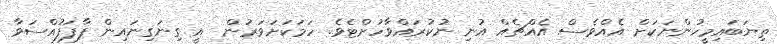
ތިޔަބައިމީހުންނަކަށް އެއްވެސް އެއްޗެއް އުނި ނުކުރައްވާހުށްޓެވެ. ހަމަކަށަވަރުން  އީ ގިނަގިނައިން ފާފަފުއްސަވާ